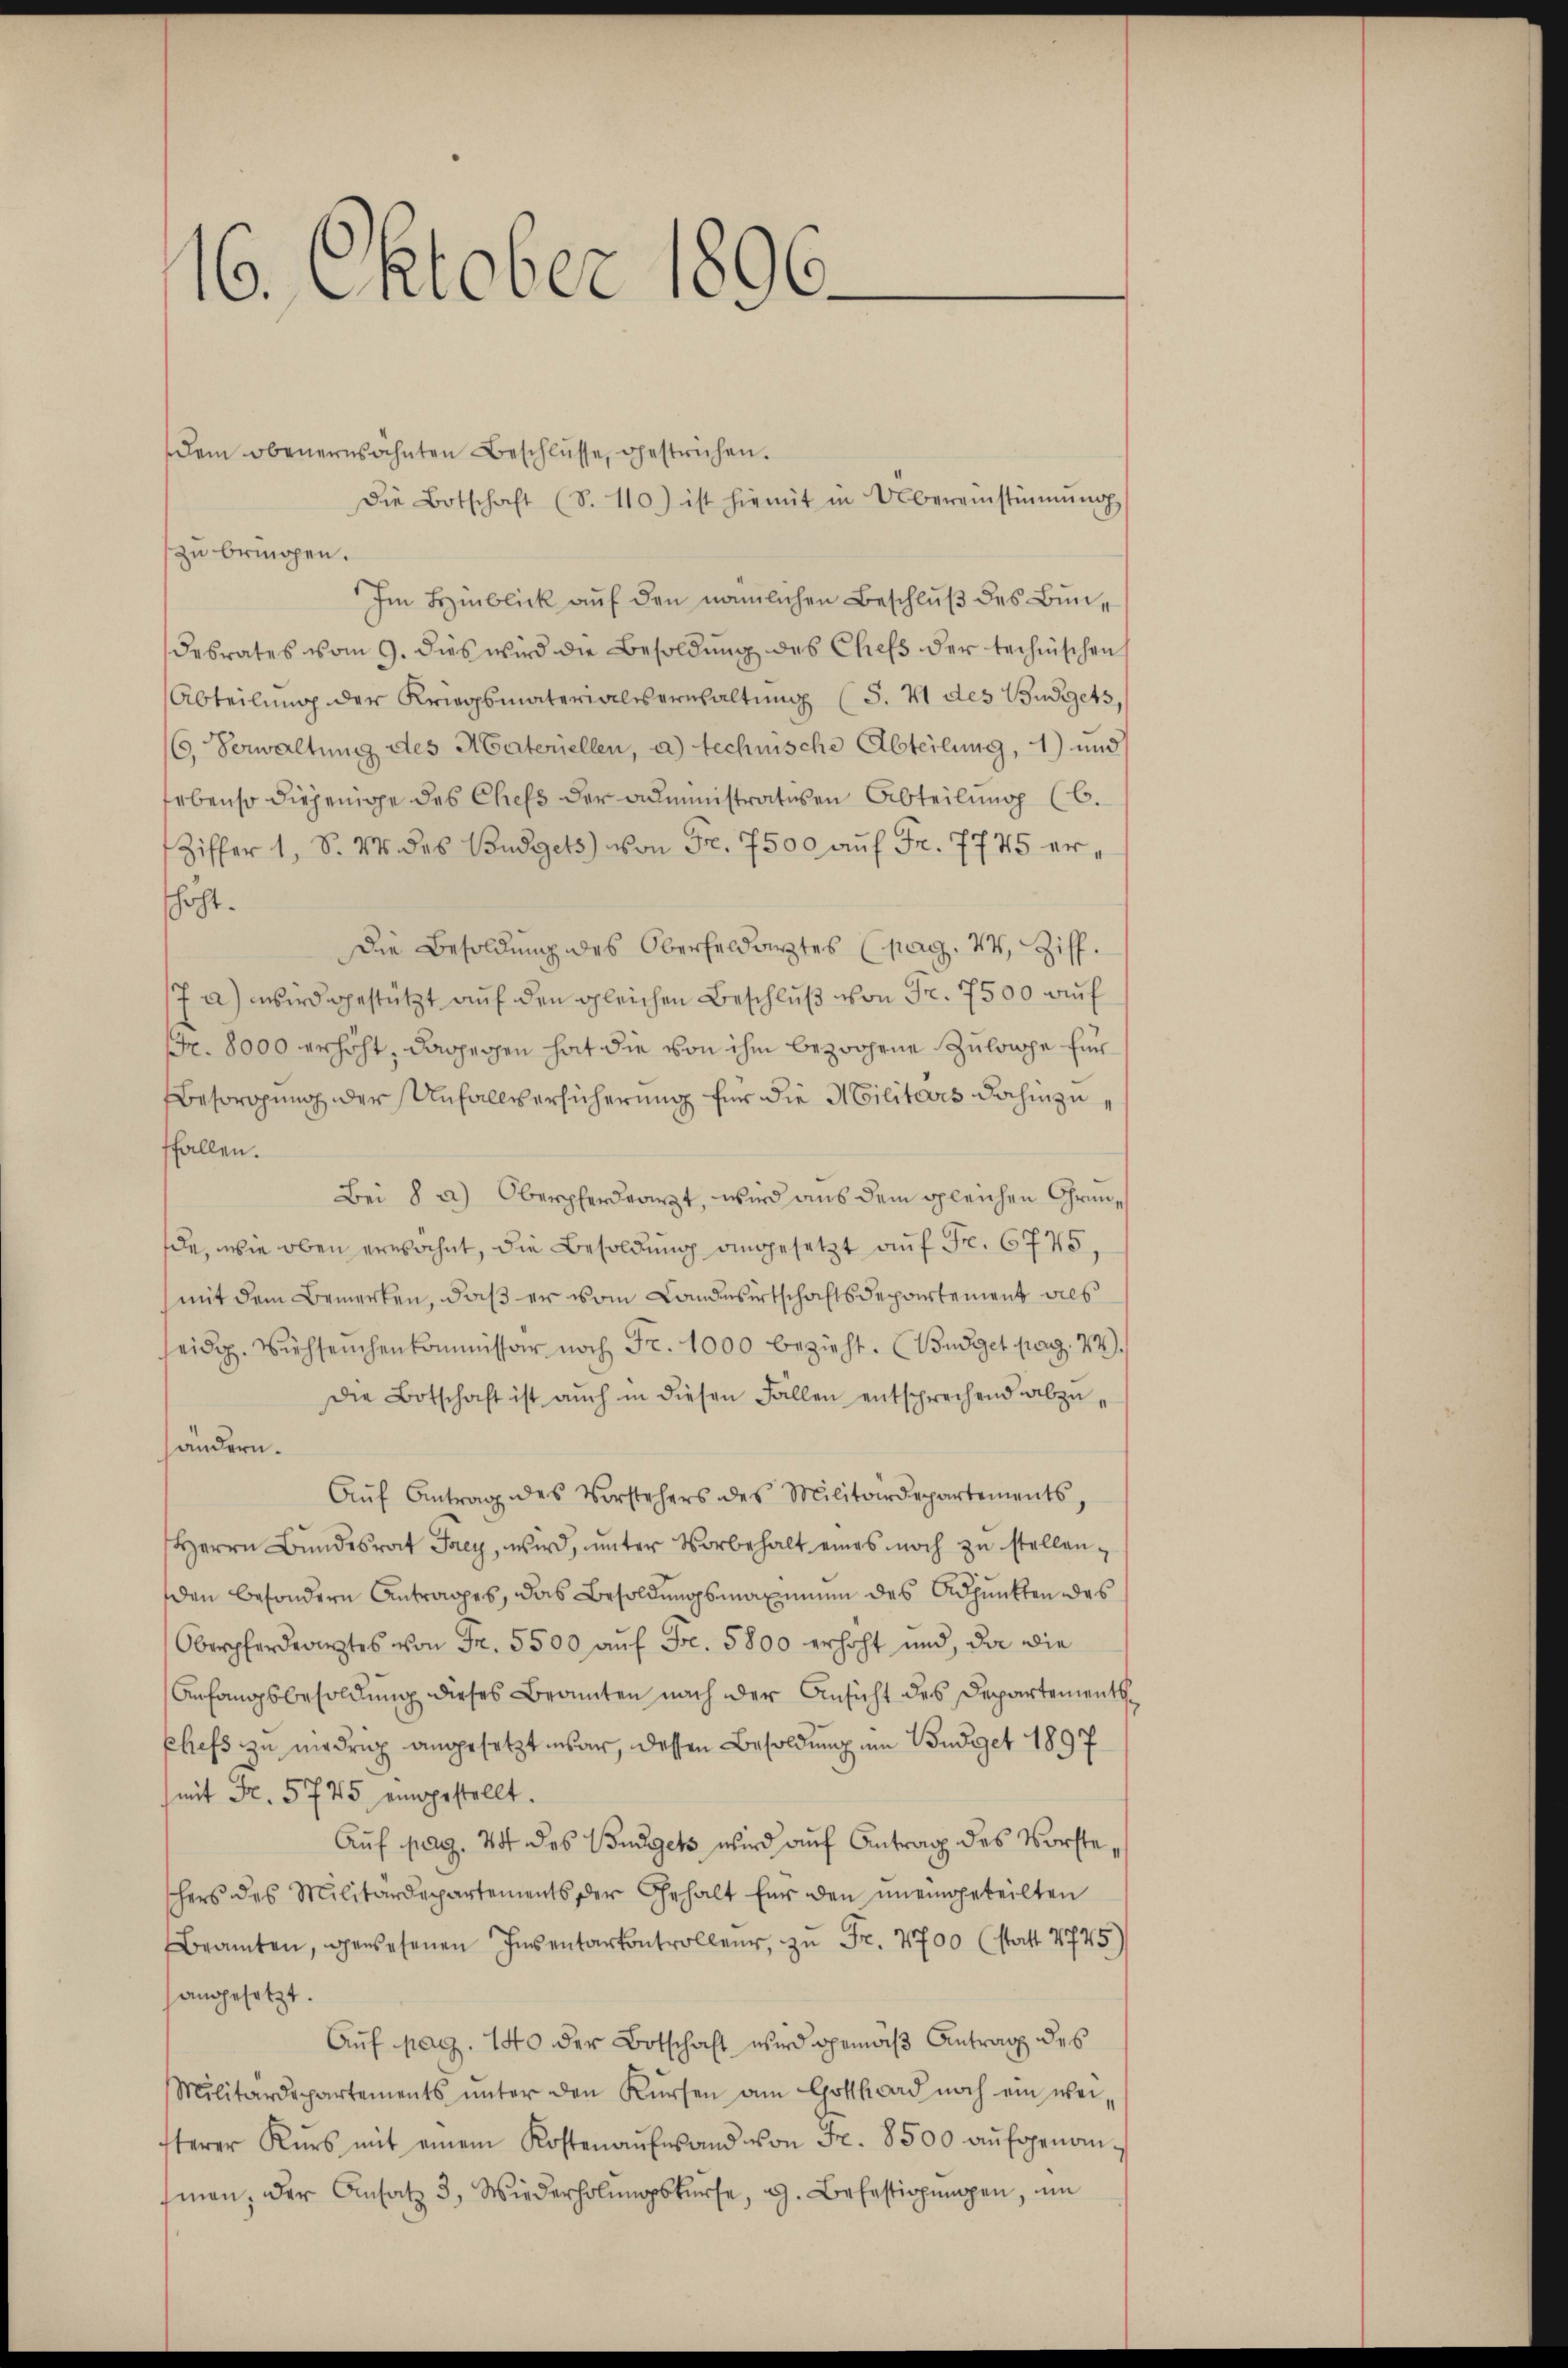
160. Oktober 1896.

dem obenernsähnten Beschlüsse, gestrichen.
Die Botschaft (S. 110) ist hiemit in Übereinstimmung
zu bringen.
Im Hinblick auf den nämlichen Beschluß des Bundesrates vom 9. dies wird die Besoldŭng des Chefs der technischen
Abteilŭng der Kriegsmaterialisernhaltung (S. 4 des Budgets,
6. Verwaltung des Maternellen, a.) technische Abteilung, 1) und
ebenso diejenige des Chefs der administrativen Abteilung (C.
Ziffer 1, S. M. des Budgets von Fr. 7500 auf Fr. 7775 erschaft.
Die Besoldung des Oberfeldarztes (pag. 44 Ziff.
/7 a) wird gestützt auf den gleichen Beschluß von Fr. 7500 auf
Fr. 8000 erhöht, dagegen hat die von ihm bezogene Zulage für
Besorgung der Unfallversicherung für die Militärs dahin zu
ffallen.
Bei 8 a.) Oberpferdearzt, wird aus dem gleichen Grunde, wie oben erwähnt, die Besoldung angesetzt auf Fr. 6775,
(mit dem Bemerken, daß er vom Landesirtschaftsdepartement dies
seidg. Viehseuchenkommissär noch Fr. 1000 bezieht. (Budget pag. 24.
Die Botschaft ist auch in diesen Fällen entsprechend abzuhändern.
Aŭf Antrag des Vorstehers des Militärdepartements
Herrn Bundesrat Frey, wird, unter Vorbehalt eines noch zu stellen,
den besondern Antrages, das Besoldungsmaximum des Adjunkten des
Oberpferdearztes von Fr. 5500 aŭf Fr. 5800 erhöht und, da die
Anfangsbesoldung dieses Beamten nach der Ansicht des Departementsphefs zu niedrig angesetzt war, dessen Besoldung um Budget 1897
mit Fr. 5745 eingestellt.
Aŭf pag. 24 des Budget wird aŭf Antrag des Vorsteschers des Militärdepartements der Gehalt für den uneingeteilten
Bramten, gewesenen Insentarkontrollen, zu Fr. 7700 (statt 1745)
angesetzt.
Auf pag. 140 der Botschaft wird gemäß Antrag des
Militärdepartements ŭnter den Kürsen am Gotthard noch ein wei-
fterer Kurs mit einem Kostenaufwand von Fr. 8500 aŭfgenom-
man, der Ansatz 3, Wiederholŭngskŭrse, d. Befestigŭngen, um